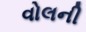
વોલની